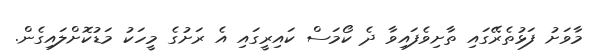
މާވަށު ފަޅުތެރޭގައި ތާށިވެފައިވާ ދެ ކޯމަސް ކައިރީގައި އެ ރަށުގެ މީހަކު މަޑުކޮށްލައިގެން.